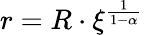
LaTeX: r=R\cdot\xi^{\frac{1}{1-\alpha}}